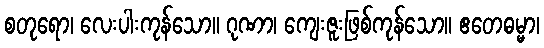
စတုရော၊ လေးပါးကုန်သော။ ဂုဏာ၊ ကျေးဇူးဖြစ်ကုန်သော။ ဧတေဓမ္မာ၊